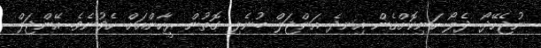
ނުޖެހޭދޯ. ދެލޯ ހަނިކޮށްގެން އިނދެ އަންޖަލް ބުނެލި ގޮތުން ރީހާންއަށް ހެވުނެވެ. އޭންޖަލް